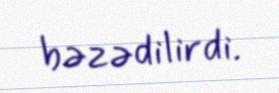
bəzədilirdi.